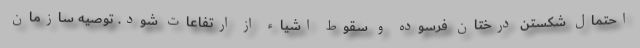
احتمال شکستن درختان فرسوده و سقوط اشیاء از ارتفاعات شود. توصیه سازمان